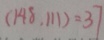
( 1 4 8 , 1 1 1 ) = 3 7